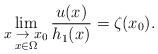
\begin{align*}\lim_{\stackrel{\hbox{\footnotesize $x\to x_0$}}{x\in\Omega}}\frac{u(x)}{h_1(x)} = \zeta(x_0).\end{align*}